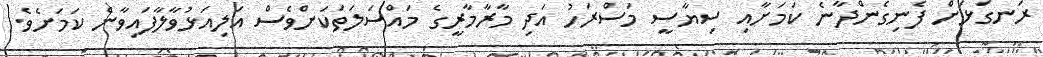
ރަނގަޅަށް ފެނިގެންދާނެ ކަމަށާއި ސިޔާސީ މަސްރަހު އަދި މާރާމާރީގެ މައްސަލަތަކަށްވެސް އަލިއަޅުވާލާފައިވާނެ ކަމަށެވެ.